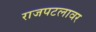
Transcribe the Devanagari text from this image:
राजपटलावर